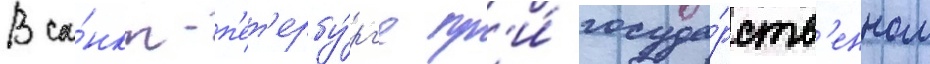
В са́нкт-п'ет'ербу́рг'е пр'и́ госуда́рств'енном